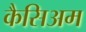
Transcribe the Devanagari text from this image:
कैसिअम